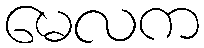
မေလက